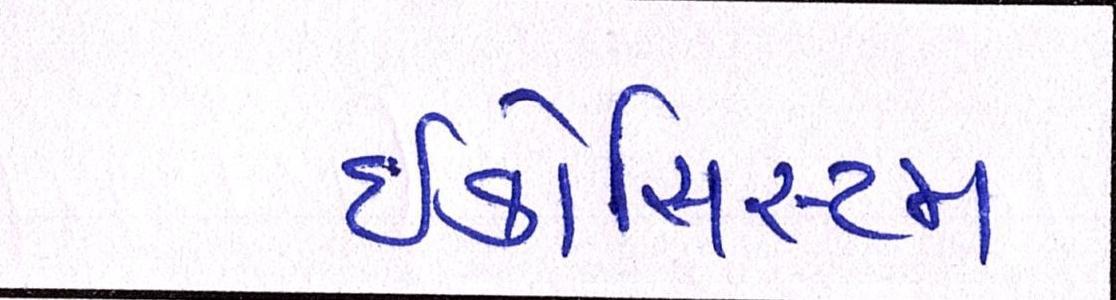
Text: ઇકોસિસ્ટમ